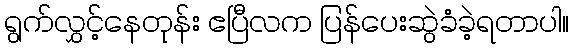
ရွက်လွှင့်နေတုန်း ဧပြီလက ပြန်ပေးဆွဲခံခဲ့ရတာပါ။